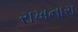
રાખનારા